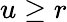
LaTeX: u\ge r